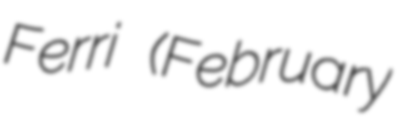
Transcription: Ferri (February